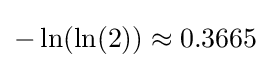
-\ln(\ln(2))\approx 0.3665